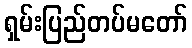
ရှမ်းပြည်တပ်မတော်